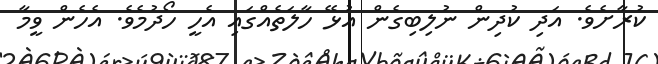
ކުރާށެވެ. އަދި ކުދިން ނުލިބިގެން އުޅޭ ހާލަތެއްގައި އެހީ ހޯދުމެވެ. އެހެން ވީމާ